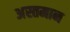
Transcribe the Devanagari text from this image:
अस्तमान